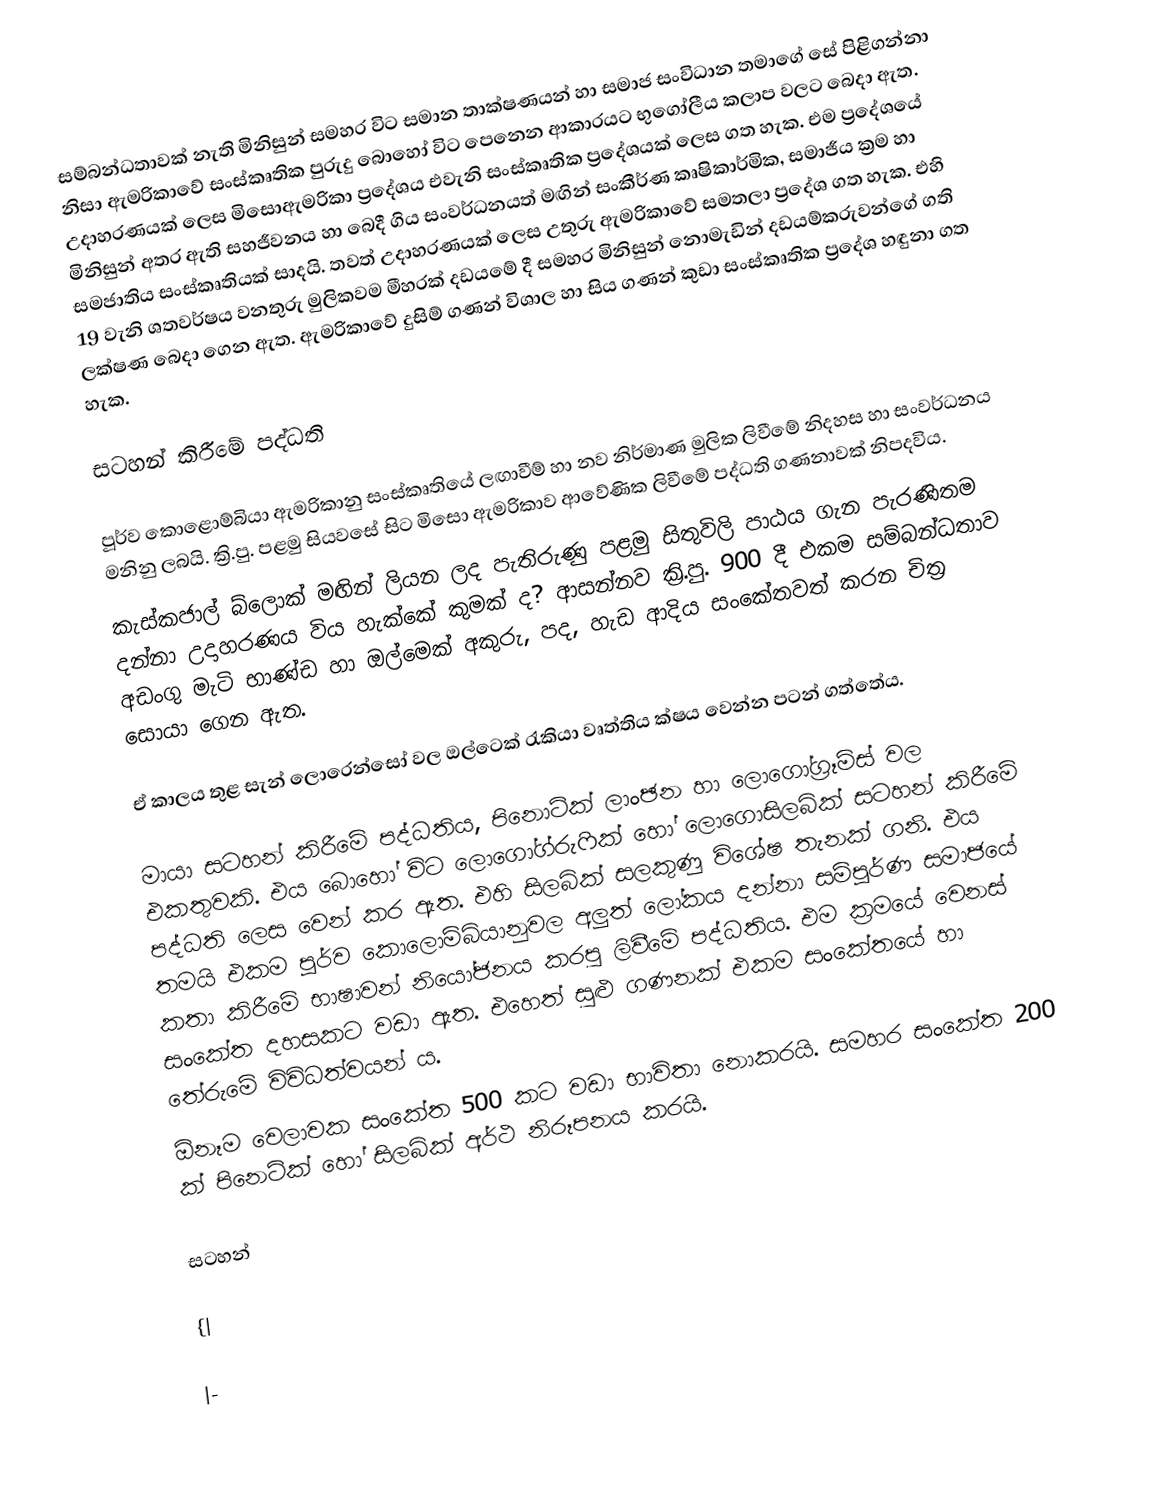
සම්බන්ධතාවක් නැති මිනිසුන් සමහර විට සමාන තාක්ෂණයන් හා සමාජ සංවිධාන තමාගේ සේ පිළිගන්නා නිසා ඇමරිකාවේ සංස්කෘතික පුරුදු බො‍හෝ විට පෙනෙන ආකාරයට භුගෝලීය කලාප වලට බෙදා ඇත. උදාහරණයක් ලෙස මිසොඇමරිකා ප්‍රදේශය එවැනි සංස්කෘතික ප්‍රදේශයක් ලෙස ගත හැක. එම ප්‍රදේශයේ මිනිසුන් අතර ඇති සහජීවනය හා බෙදී ගිය සංවර්ධනයත් මඟින් සංකීර්ණ කෘෂිකාර්මික, සමාජීය ක්‍රම  හා සමජාතිය සංස්කෘතියක් සාදයි. තවත් උදාහරණයක් ලෙස උතුරු ඇමරිකාවේ සමතලා ප්‍රදේශ ගත  හැක. එහි 19 වැනි ශතවර්ෂය වනතුරු මුලිකවම මීහරක් දඩයමේ දී සමහර මිනිසුන් නොමැඩින් දඩයම්කරුවන්ගේ ගති ලක්ෂණ බෙදා ගෙන ඇත. ඇමරිකාවේ දුසිම් ගණන් විශාල හා සිය ගණන් කුඩා සංස්කෘතික ප්‍රදේශ  හඳුනා ගත හැක.

සටහන් කිරීමේ පද්ධති

පූර්ව කොළොම්බියා ඇමරිකානු සංස්කෘතියේ ලඟාවීම් හා නව නිර්මාණ මුලික ලිවීමේ නිදහස හා සංවර්ධනය මනිනු ලබයි. ක්‍රි.පු. පළමු  සියවසේ සිට මිසො ඇමරිකාව ආවේණික ලිවීමේ පද්ධති ගණනාවක් නිපදවිය.
කැස්කජාල් බ්ලොක් මඟින් ලියන ලද පැතිරුණු පළමු සිතුවිලි පාඨය ගැන පැරණිතම දන්නා උදාහරණය විය හැක්කේ කුමක් ද? ආසන්නව  ක්‍රි.පු. 900 දී එකම සම්බන්ධතාව අඩංගු මැටි භාණ්ඩ හා ඔල්මෙක් අකුරු, පද, හැඩ ආදිය සංකේතවත් කරන චිත්‍ර සොයා ගෙන ඇත.

ඒ කාලය තුළ සැන් ලොරෙන්සෝ වල ඔල්ටෙක් රැකියා වෘත්තිය ක්ෂය වෙන්න පටන් ගත්තේය.

මායා සටහන් කිරීමේ පද්ධතිය, පිනොටික් ලාංඡන හා ලොගෝග්‍රෑම්ස් වල එකතුවකි. එය බොහෝ විට ලොගෝග්රුෆික් හෝ ලොගොසිලබික් සටහන් කිරීමේ පද්ධති ලෙස වෙන් කර ඇත. එහි සිලබික් සලකුණු විශේෂ තැනක් ගනි. එය තමයි එකම පූර්ව කොලොම්බියානුවල අලුත් ලෝකය දන්නා සම්පූර්ණ සමාජයේ කතා කිරීමේ භාෂාවන් නියෝජනය කරපු ලිවීමේ පද්ධතිය. එම ක්‍රමයේ වෙනස් සංකේත දහසකට වඩා ඇත. එහෙත් සුළු ගණනක් එකම සංකේතයේ ‍හා තේරුමේ විවිධත්වයන් ය.
ඕනෑම වෙලාවක සංකේත 500 කට වඩා භාවිතා නොකරයි. සමහර සංකේත 200 ක් පිනෙටික් හෝ සිලබික් අර්ථ නිරූපනය කරයි.

සටහන්

{|

|-